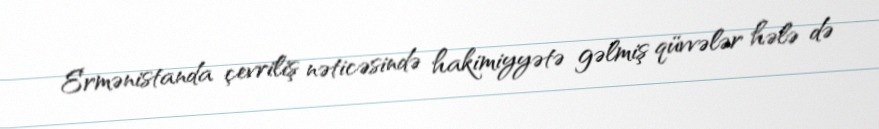
Ermənistanda çevriliş nəticəsində hakimiyyətə gəlmiş qüvvələr hələ də